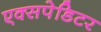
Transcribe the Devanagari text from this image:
एक्सपेडिटर